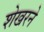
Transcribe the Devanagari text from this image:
शेखरने